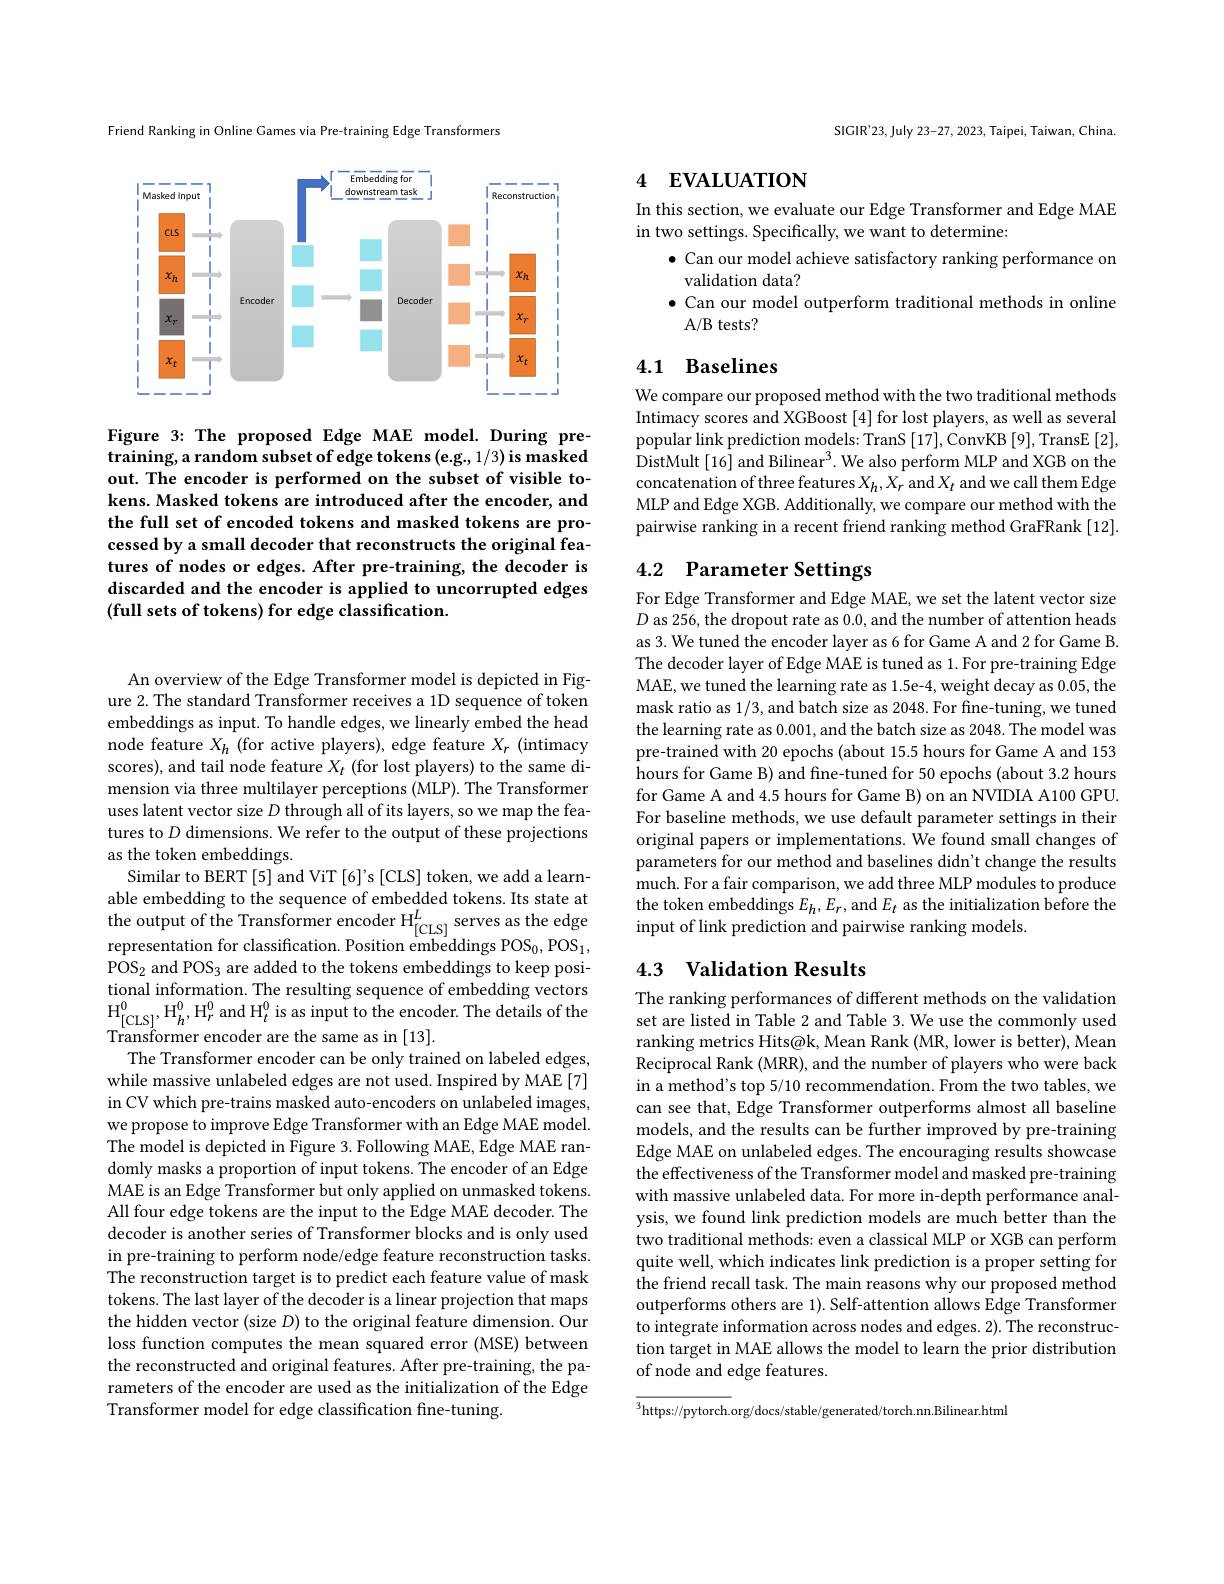
Friend Ranking in Online Games via Pre-training Edge Transformers

<FigureHere>

Figure 3: The proposed Edge MAE model. During pretraining, a random subset of edge tokens (e.g., 1/3) is masked out. The encoder is performed on the subset of visible tokens. Masked tokens are introduced after the encoder, and the full set of encoded tokens and masked tokens are processed by a small decoder that reconstructs the original features of nodes or edges. After pre-training, the decoder is discarded and the encoder is applied to uncorrupted edges (full sets of tokens) for edge classification.

An overview of the Edge Transformer model is depicted in Figure 2. The standard Transformer receives a 1D sequence of token embeddings as input. To handle edges, we linearly embed the head node feature $X_h$ (for active players), edge feature $X_r$ (intimacy scores), and tail node feature $X_t$ (for lost players) to the same dimension via three multilayer perceptions (MLP). The Transformer uses latent vector size $D$ through all of its layers, so we map the features to $D$ dimensions. We refer to the output of these projections as the token embeddings.
Similar to BERT [5] and ViT [6]'s [CLS] token, we add a learnable embedding to the sequence of embedded tokens. Its state at the output of the Transformer encoder H$_{[\mathrm{CLS}]}^{L}$ serves as the edge representation for classification. Position embeddings POS$_0,\mathrm{POS}_1$, POS_2 and POS_3 are added to the tokens embeddings to keep positional information. The resulting sequence of embedding vectors $\mathrm{H}_{[\mathrm{CLS}]}^{0},\mathrm{H}_{h}^{0},\mathrm{H}_{r}^{0}$and H$_t^{0}$ is as input to the encoder. The details of the Transformer encoder are the same as in [13].
The Transformer encoder can be only trained on labeled edges, while massive unlabeled edges are not used. Inspired by MAE [7] in CV which pre-trains masked auto-encoders on unlabeled images, we propose to improve Edge Transformer with an Edge MAE model. The model is depicted in Figure 3. Following MAE, Edge MAE randomly masks a proportion of input tokens. The encoder of an Edge MAE is an Edge Transformer but only applied on unmasked tokens. All four edge tokens are the input to the Edge MAE decoder. The decoder is another series of Transformer blocks and is only used in pre-training to perform node/edge feature reconstruction tasks. The reconstruction target is to predict each feature value of mask tokens. The last layer of the decoder is a linear projection that maps the hidden vector (size $D)$ to the original feature dimension. Our loss function computes the mean squared error (MSE) between the reconstructed and original features. After pre-training, the parameters of the encoder are used as the initialization of the Edge Transformer model for edge classification fine-tuning.

SIGIR'23,July 23-27, 2023, Taipei, Taiwan, China.

## 4 EVALUATION

In this section, we evaluate our Edge Transformer and Edge MAE
in two settings. Specifically, we want to determine:
$\bullet$ Can our model achieve satisfactory ranking performance on
validation data?
$\bullet$ Can our model outperform traditional methods in online
A/B tests?

## 4.1 Baselines

We compare our proposed method with the two traditional methods Intimacy scores and XGBoost [4] for lost players, as well as several popular link prediction models: TranS [17], ConvKB [9], TransE [2], DistMult[16] and Bilinear$^3.$ We also perform MLP and XGB on the concatenation of three features $X_h,X_r$ and $X_t$ and we call them Edge MLP and Edge XGB. Additionally, we compare our method with the pairwise ranking in a recent friend ranking method GraFRank [12]

## 4.2 Parameter Settings

For Edge Transformer and Edge MAE, we set the latent vector size $D$ as 256, the dropout rate as 0.0, and the number of attention heads as 3. We tuned the encoder layer as 6 for Game A and 2 for Game B. The decoder layer of Edge MAE is tuned as 1. For pre-training Edge MAE, we tuned the learning rate as 1.5e-4, weight decay as 0.05, the mask ratio as 1/3, and batch size as 2048. For fine-tuning, we tuned the learning rate as 0.001,and the batch size as 2048. The model was pre-trained with 20 epochs (about 15.5 hours for Game A and 153 hours for Game B) and fine-tuned for 50 epochs (about 3.2 hours for Game A and 4.5 hours for Game B) on an NVIDIA A100 GPU. For baseline methods, we use default parameter settings in their original papers or implementations. We found small changes of parameters for our method and baselines didn't change the results much. For a fair comparison, we add three MLP modules to produce the token embeddings $E_h,E_r$,and $E_t$ as the initialization before the input of link prediction and pairwise ranking models.

## 4.3 Validation Results

The ranking performances of different methods on the validation set are listed in Table 2 and Table 3. We use the commonly used ranking metrics Hits@k, Mean Rank (MR, lower is better), Mean Reciprocal Rank (MRR), and the number of players who were back in a method's top 5/10 recommendation. From the two tables, we can see that, Edge Transformer outperforms almost all baseline models, and the results can be further improved by pre-training Edge MAE on unlabeled edges. The encouraging results showcase the effectiveness of the Transformer model and masked pre-training with massive unlabeled data. For more in-depth performance analysis, we found link prediction models are much better than the two traditional methods: even a classical MLP or XGB can perform quite well, which indicates link prediction is a proper setting for the friend recall task. The main reasons why our proposed method outperforms others are 1). Self-attention allows Edge Transformer to integrate information across nodes and edges. 2). The reconstruction target in MAE allows the model to learn the prior distribution of node and edge features.

$\overline{^3\text{https://pytorch.org/docs/stable/generated/torch.nn.Bilinear.html}}$